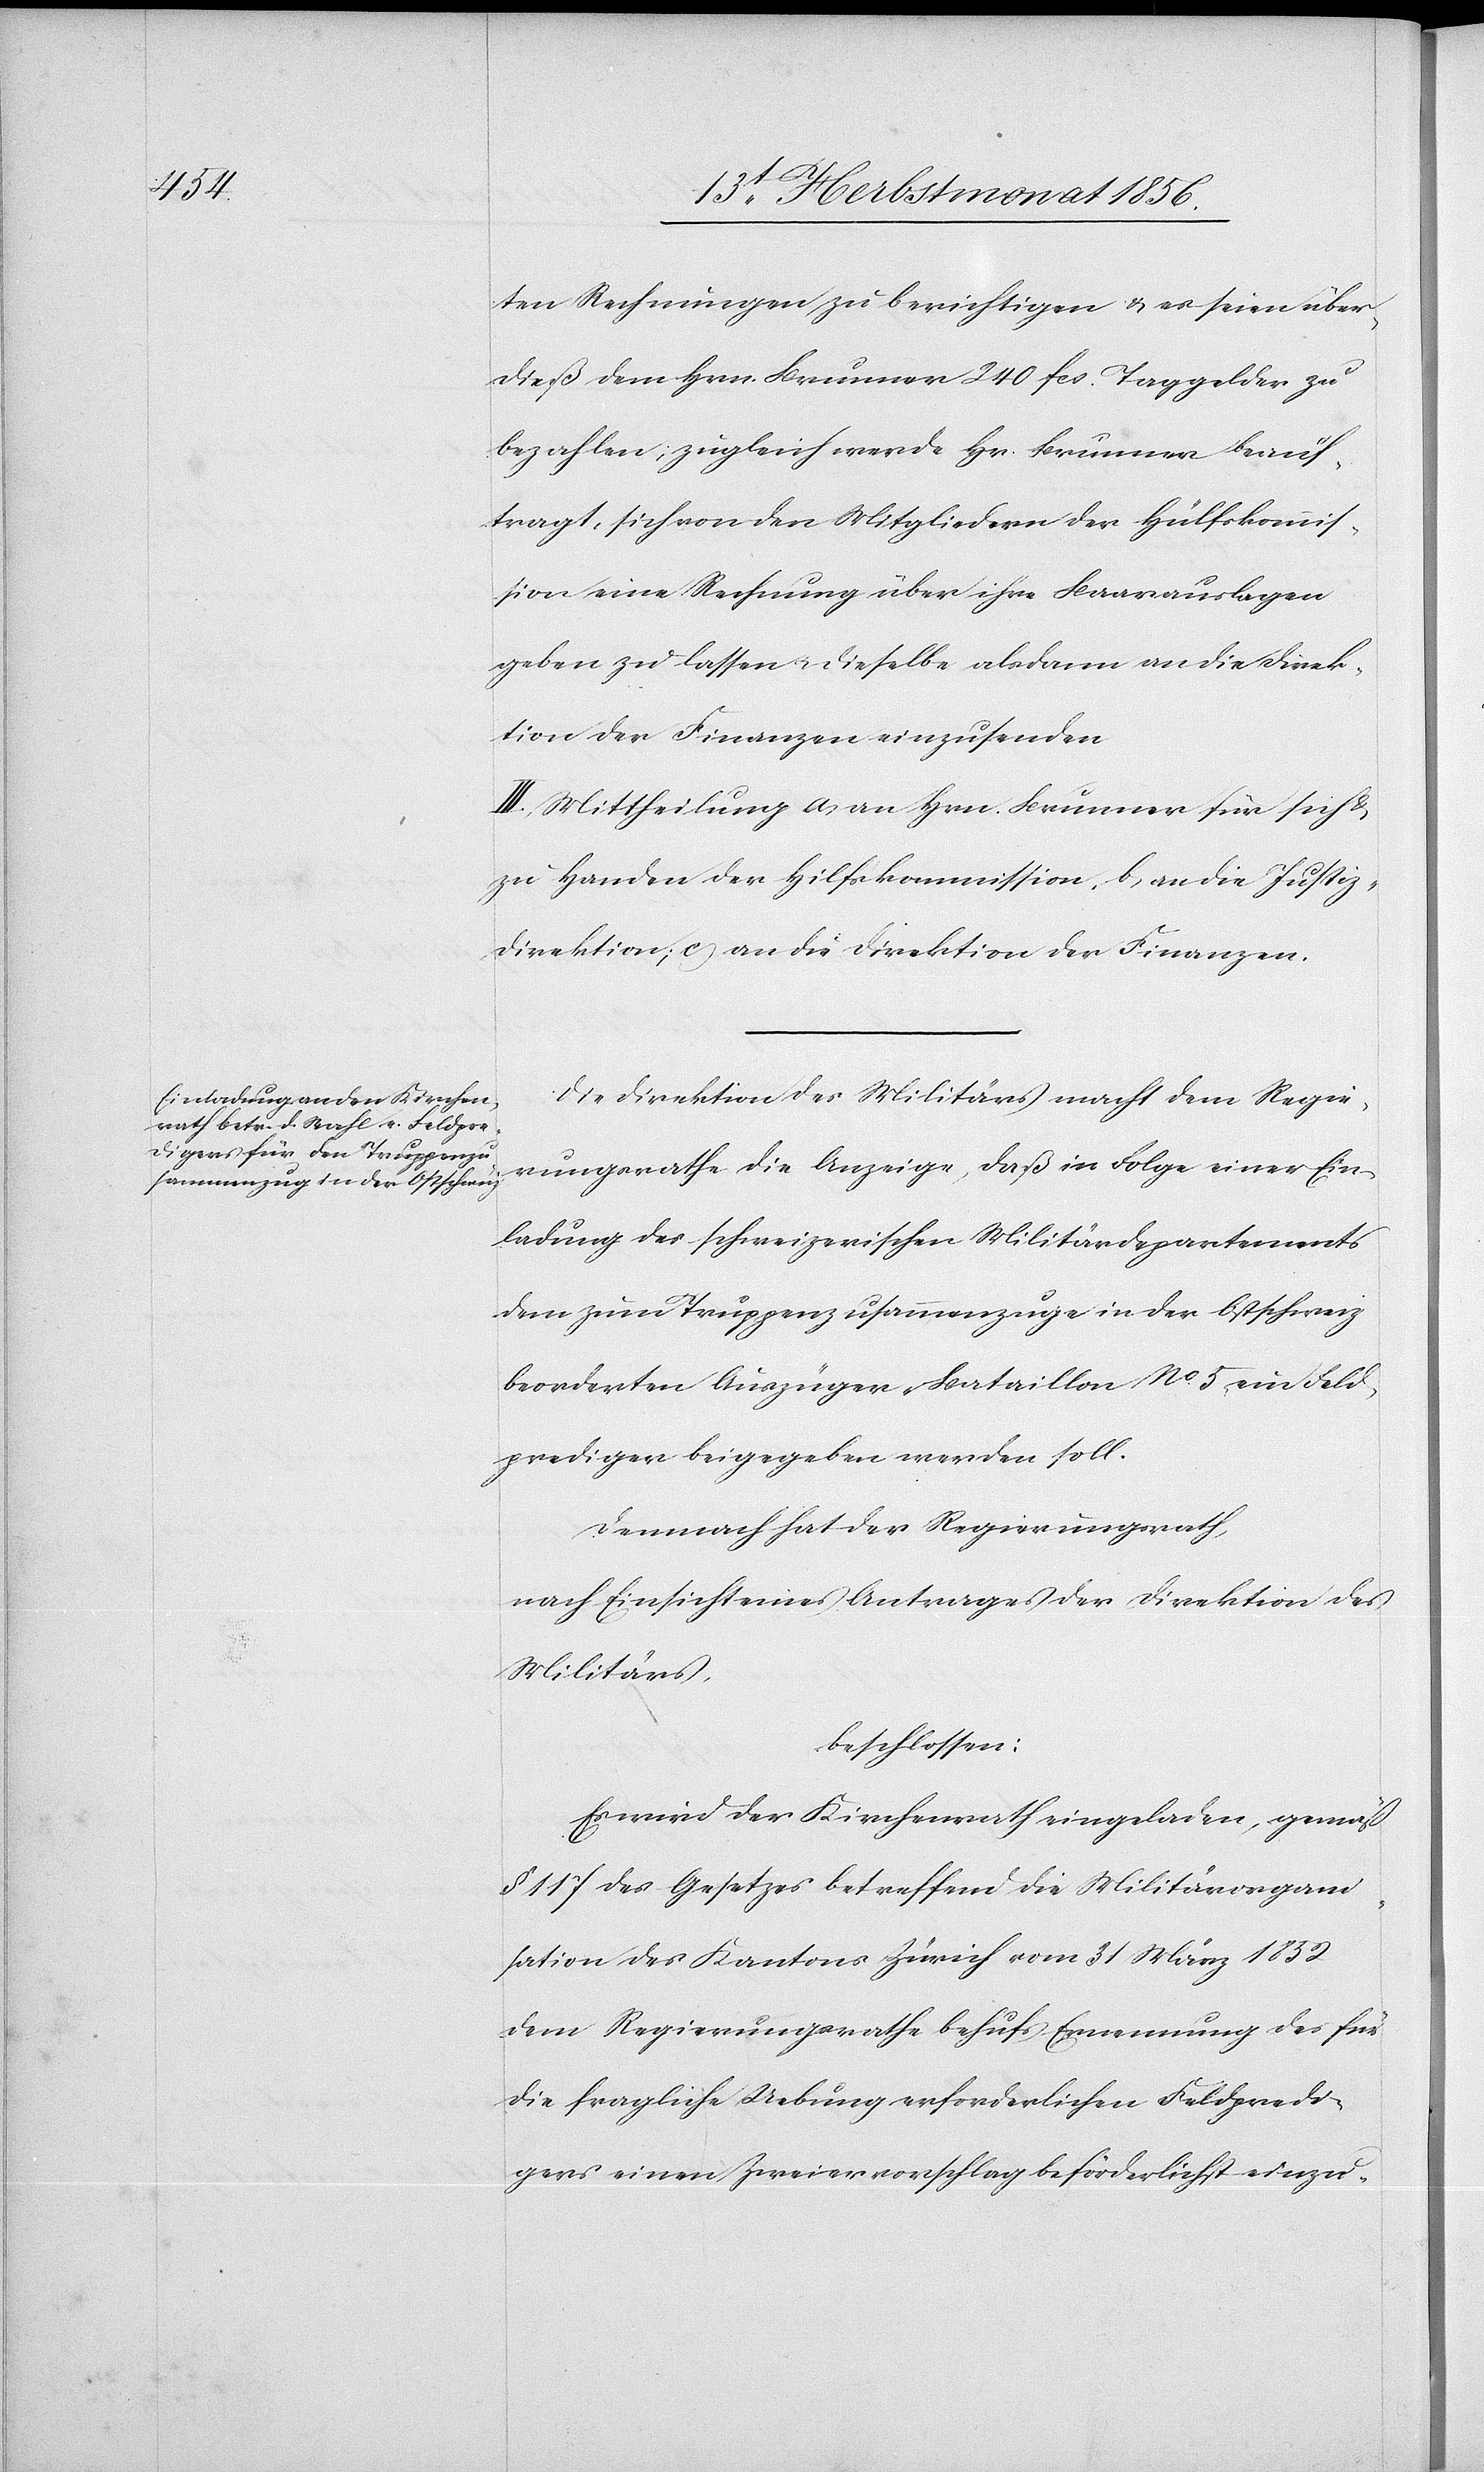
ten Rechnungen zu berichtigen & es seien über¬
dieß dem Hrn. Brunner 240 fcs. Taggelder zu
bezahlen; zugleich werde Hr. Brunner beauf¬
tragt, sich von den Mitgliedern der Hülfskommis¬
sion eine Rechnung über ihre Baarauslagen
geben zu lassen u. dieselbe alsdann an die Direk¬
tion der Finanzen einzusenden
III.) Mittheilung a) an Hrn. Brunner für sich &
zu Handen der Hilfskommission, b) an die Justiz¬
direktion; c) an die Direktion der Finanzen.
Die Direktion des Militärs macht dem Regie¬
rungsrathe die Anzeige, daß in Folge einer Ein¬
ladung des schweizerischen Militärdepartements
dem zum Truppenzusammenzuge in der Ostschweiz
beorderten Auszüger-Bataillon No 5 ein Feld¬
prediger beigegeben werden soll.
Demnach hat der Regierungsrath,
nach Einsicht eines Antrages der Direktion des
Militärs,
beschlossen:
Es wird der Kirchenrath eingeladen, gemäß
§ 117 des Gesetzes betreffend die Militärorgani¬
sation des Kantons Zürich vom 31 März 1852
dem Regierungsrathe behufs Ernennung des für
die fragliche Uebung erforderlichen Feldpredi¬
gers einen Zweiervorschlag beförderlichst einzu-